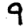
Digit: 9